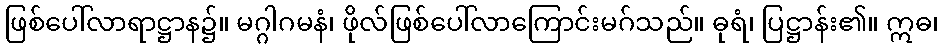
ဖြစ်ပေါ်လာရာဋ္ဌာန၌။ မဂ္ဂါဂမနံ၊ ဖိုလ်ဖြစ်ပေါ်လာကြောင်းမဂ်သည်။ ဓုရံ၊ ပြဋ္ဌာန်း၏။ ဣဓ၊